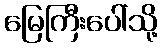
မြေကြီးပေါ်သို့